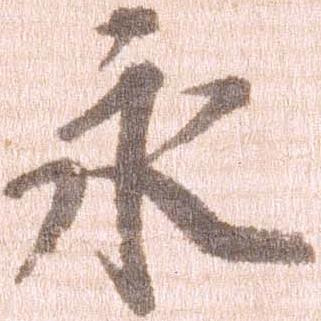
永